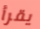
يقرأ